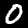
Digit: 0